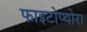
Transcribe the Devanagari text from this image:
फाइटोप्थोरा